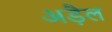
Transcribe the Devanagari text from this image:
अड़ैल